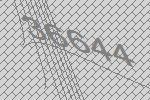
36644